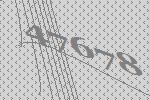
47678